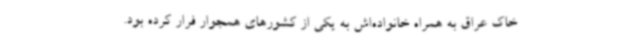
خاک عراق به همراه خانواده‌اش به یکی از کشورهای همجوار فرار کرده بود.